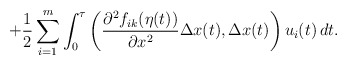
\begin{align*}+\frac{1}{2}\sum_{i=1}^m \int_0^\tau \left(\frac{\partial^2 f_{ik}(\eta(t))}{\partial x^2}\Delta x(t),\Delta x(t)\right)u_i(t)\, dt.\end{align*}